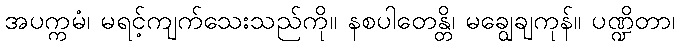
အပက္ကမံ၊ မရင့်ကျက်သေးသည်ကို။ နစပါတေန္တိ၊ မချွေချကုန်။ ပဏ္ဍိတာ၊